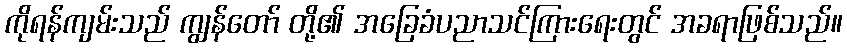
ကိုရန်ကျမ်းသည် ကျွန်တော် တို့၏ အခြေခံပညာသင်ကြားရေးတွင် အခရာဖြစ်သည်။